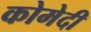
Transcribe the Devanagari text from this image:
कोमेदी